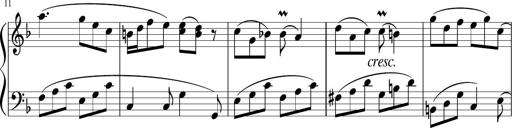
Title: 12 Keyboard Sonatinas
Composer: James Hook